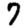
Digit: 7